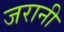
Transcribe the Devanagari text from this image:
जरानी